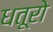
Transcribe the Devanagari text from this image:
धतूरो